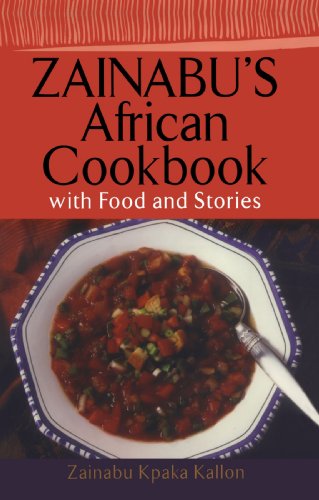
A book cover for Zainabu's African Cookbook: With Food and Stories; Zainabu Kpaka Kallon; Cookbooks, Food & Wine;